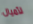
لأميال